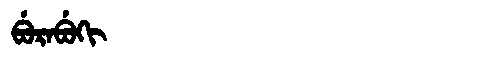
Manchu: ᠪᡠᡵᠠᠪᡠᡴᡳ
Romanization: BURABUKI